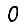
Digit: 0